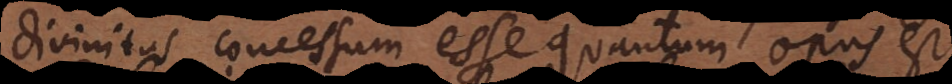
divinitus concessum esse quantum opus est